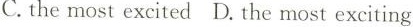
C.the most excited D. the most exciting